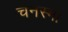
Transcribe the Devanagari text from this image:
चनस्मा